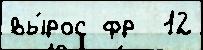
вы́рос фр  12